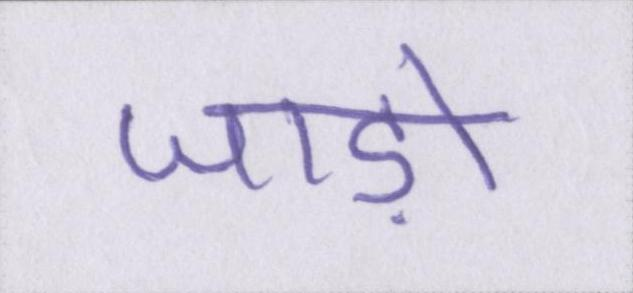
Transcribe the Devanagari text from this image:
जाड़ों